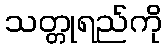
သတ္တုရည်ကို